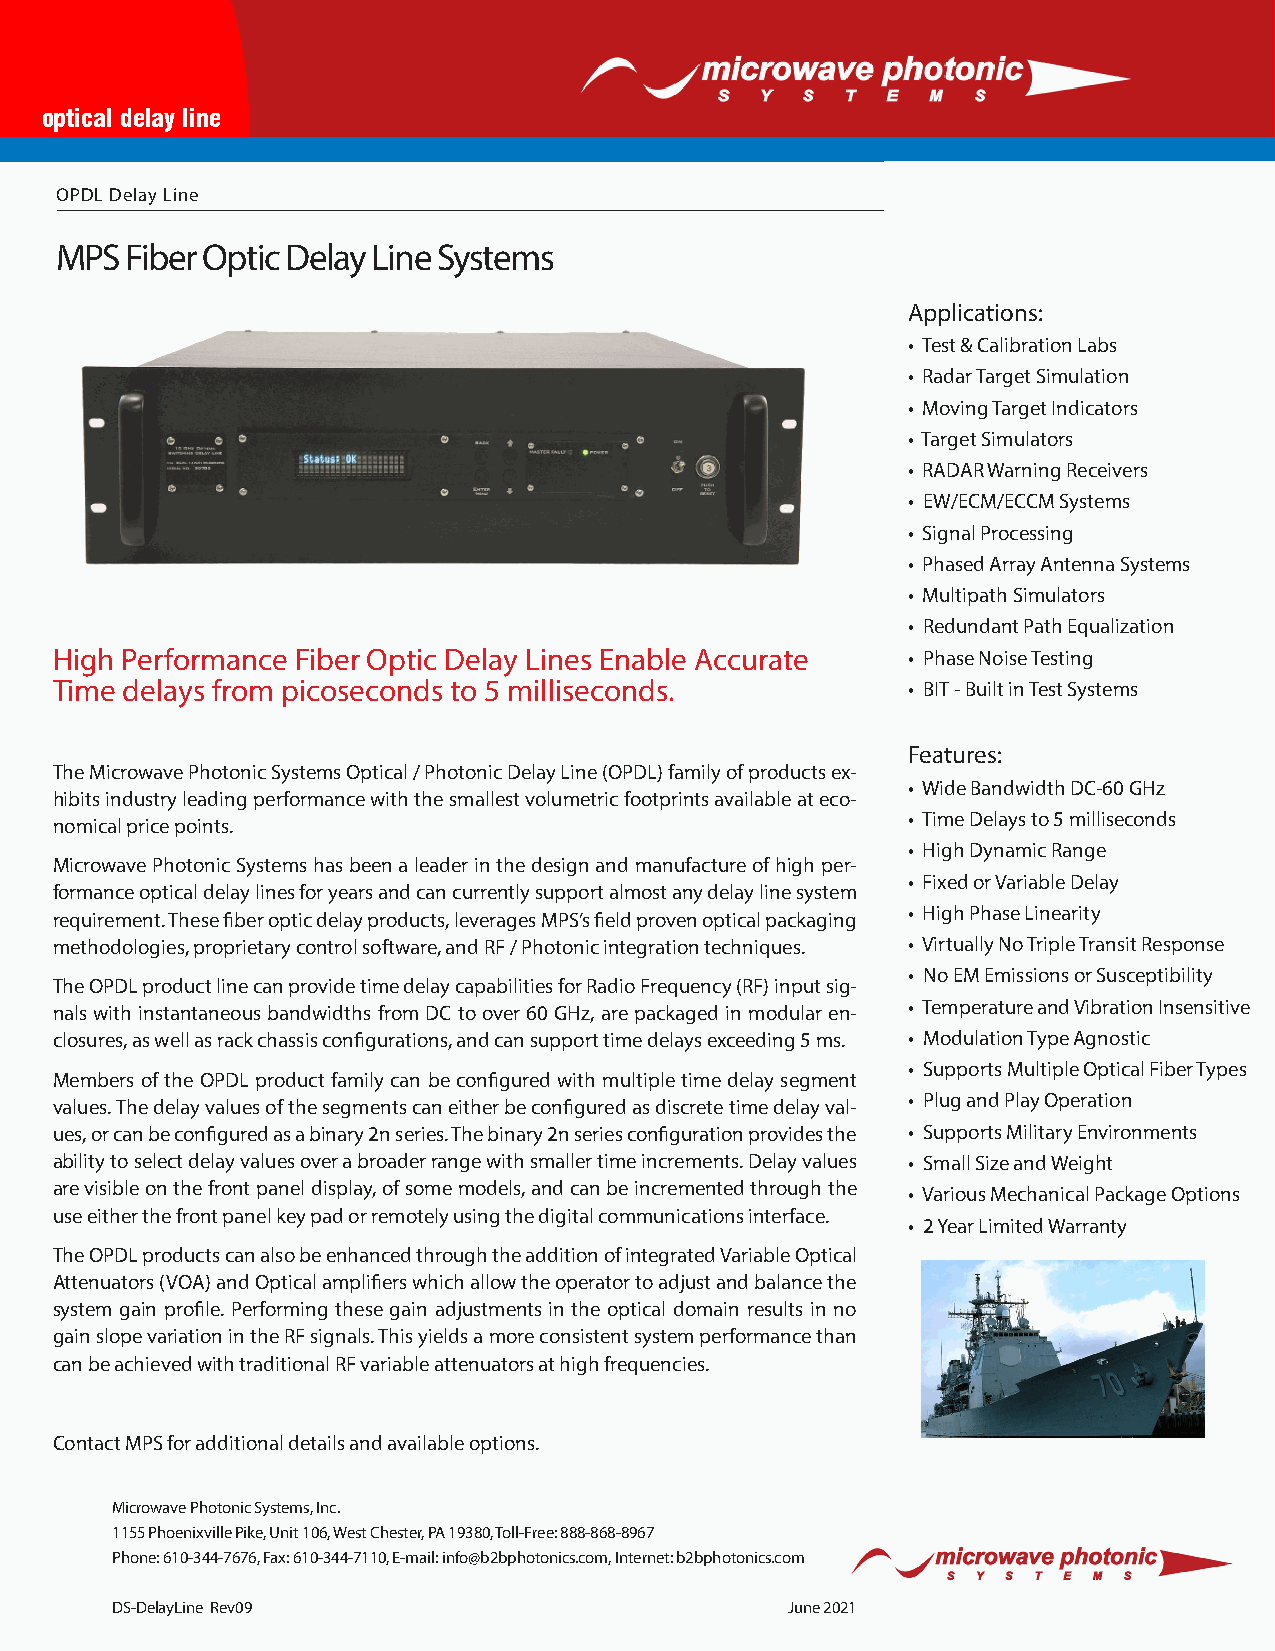
optical delay line
 OPDL Delay Line
 MPS Fiber Optic Delay Line Systems
 Applications:
 • Test & Calibration Labs
 • Radar Target Simulation
 • Moving Target Indicators
 • Target Simulators
 • RADAR Warning Receivers
 • EW/ECM/ECCM Systems
 • Signal Processing
 • Phased Array Antenna Systems
 • Multipath Simulators
 • Redundant Path Equalization
 High Performance Fiber Optic Delay Lines Enable Accurate • Phase Noise Testing
 Time delays from picoseconds to 5 milliseconds.          • BIT - Built in Test Systems
 Features:
 The Microwave Photonic Systems Optical / Photonic Delay Line (OPDL) family of products ex-
 • Wide Bandwidth DC-60 GHz
 hibits industry leading performance with the smallest volumetric footprints available at eco-
 • Time Delays to 5 milliseconds
 nomical price points.
 • High Dynamic Range
 Microwave Photonic Systems has been a leader in the design and manufacture of high per-
 • Fixed or Variable Delay
 formance optical delay lines for years and can currently support almost any delay line system
 • High Phase Linearity
 requirement. These fiber optic delay products, leverages MPS’s field proven optical packaging
 methodologies, proprietary control software, and RF / Photonic integration techniques. • Virtually No Triple Transit Response
 • No EM Emissions or Susceptibility
 The OPDL product line can provide time delay capabilities for Radio Frequency (RF) input sig-
 • Temperature and Vibration Insensitive
 nals with instantaneous bandwidths from DC to over 60 GHz, are packaged in modular en-
 closures, as well as rack chassis configurations, and can support time delays exceeding 5 ms. • Modulation Type Agnostic
 • Supports Multiple Optical Fiber Types
 Members of the OPDL product family can be configured with multiple time delay segment
 • Plug and Play Operation
 values. The delay values of the segments can either be configured as discrete time delay val-
 ues, or can be configured as a binary 2n series. The binary 2n series configuration provides the • Supports Military Environments
 ability to select delay values over a broader range with smaller time increments. Delay values • Small Size and Weight
 are visible on the front panel display, of some models, and can be incremented through the • Various Mechanical Package Options
 use either the front panel key pad or remotely using the digital communications interface.
 • 2 Year Limited Warranty
 The OPDL products can also be enhanced through the addition of integrated Variable Optical
 Attenuators (VOA) and Optical amplifiers which allow the operator to adjust and balance the
 system gain profile. Performing these gain adjustments in the optical domain results in no
 gain slope variation in the RF signals. This yields a more consistent system performance than
 can be achieved with traditional RF variable attenuators at high frequencies.
 Contact MPS for additional details and available options.
 Microwave Photonic Systems, Inc.
 1155 Phoenixville Pike, Unit 106, West Chester, PA 19380, Toll-Free: 888-868-8967
 Phone: 610-344-7676, Fax: 610-344-7110, E-mail: info@b2bphotonics.com, Internet: b2bphotonics.com
 DS-DelayLine Rev09                           June 2021